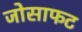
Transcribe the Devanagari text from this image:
जोसाफट